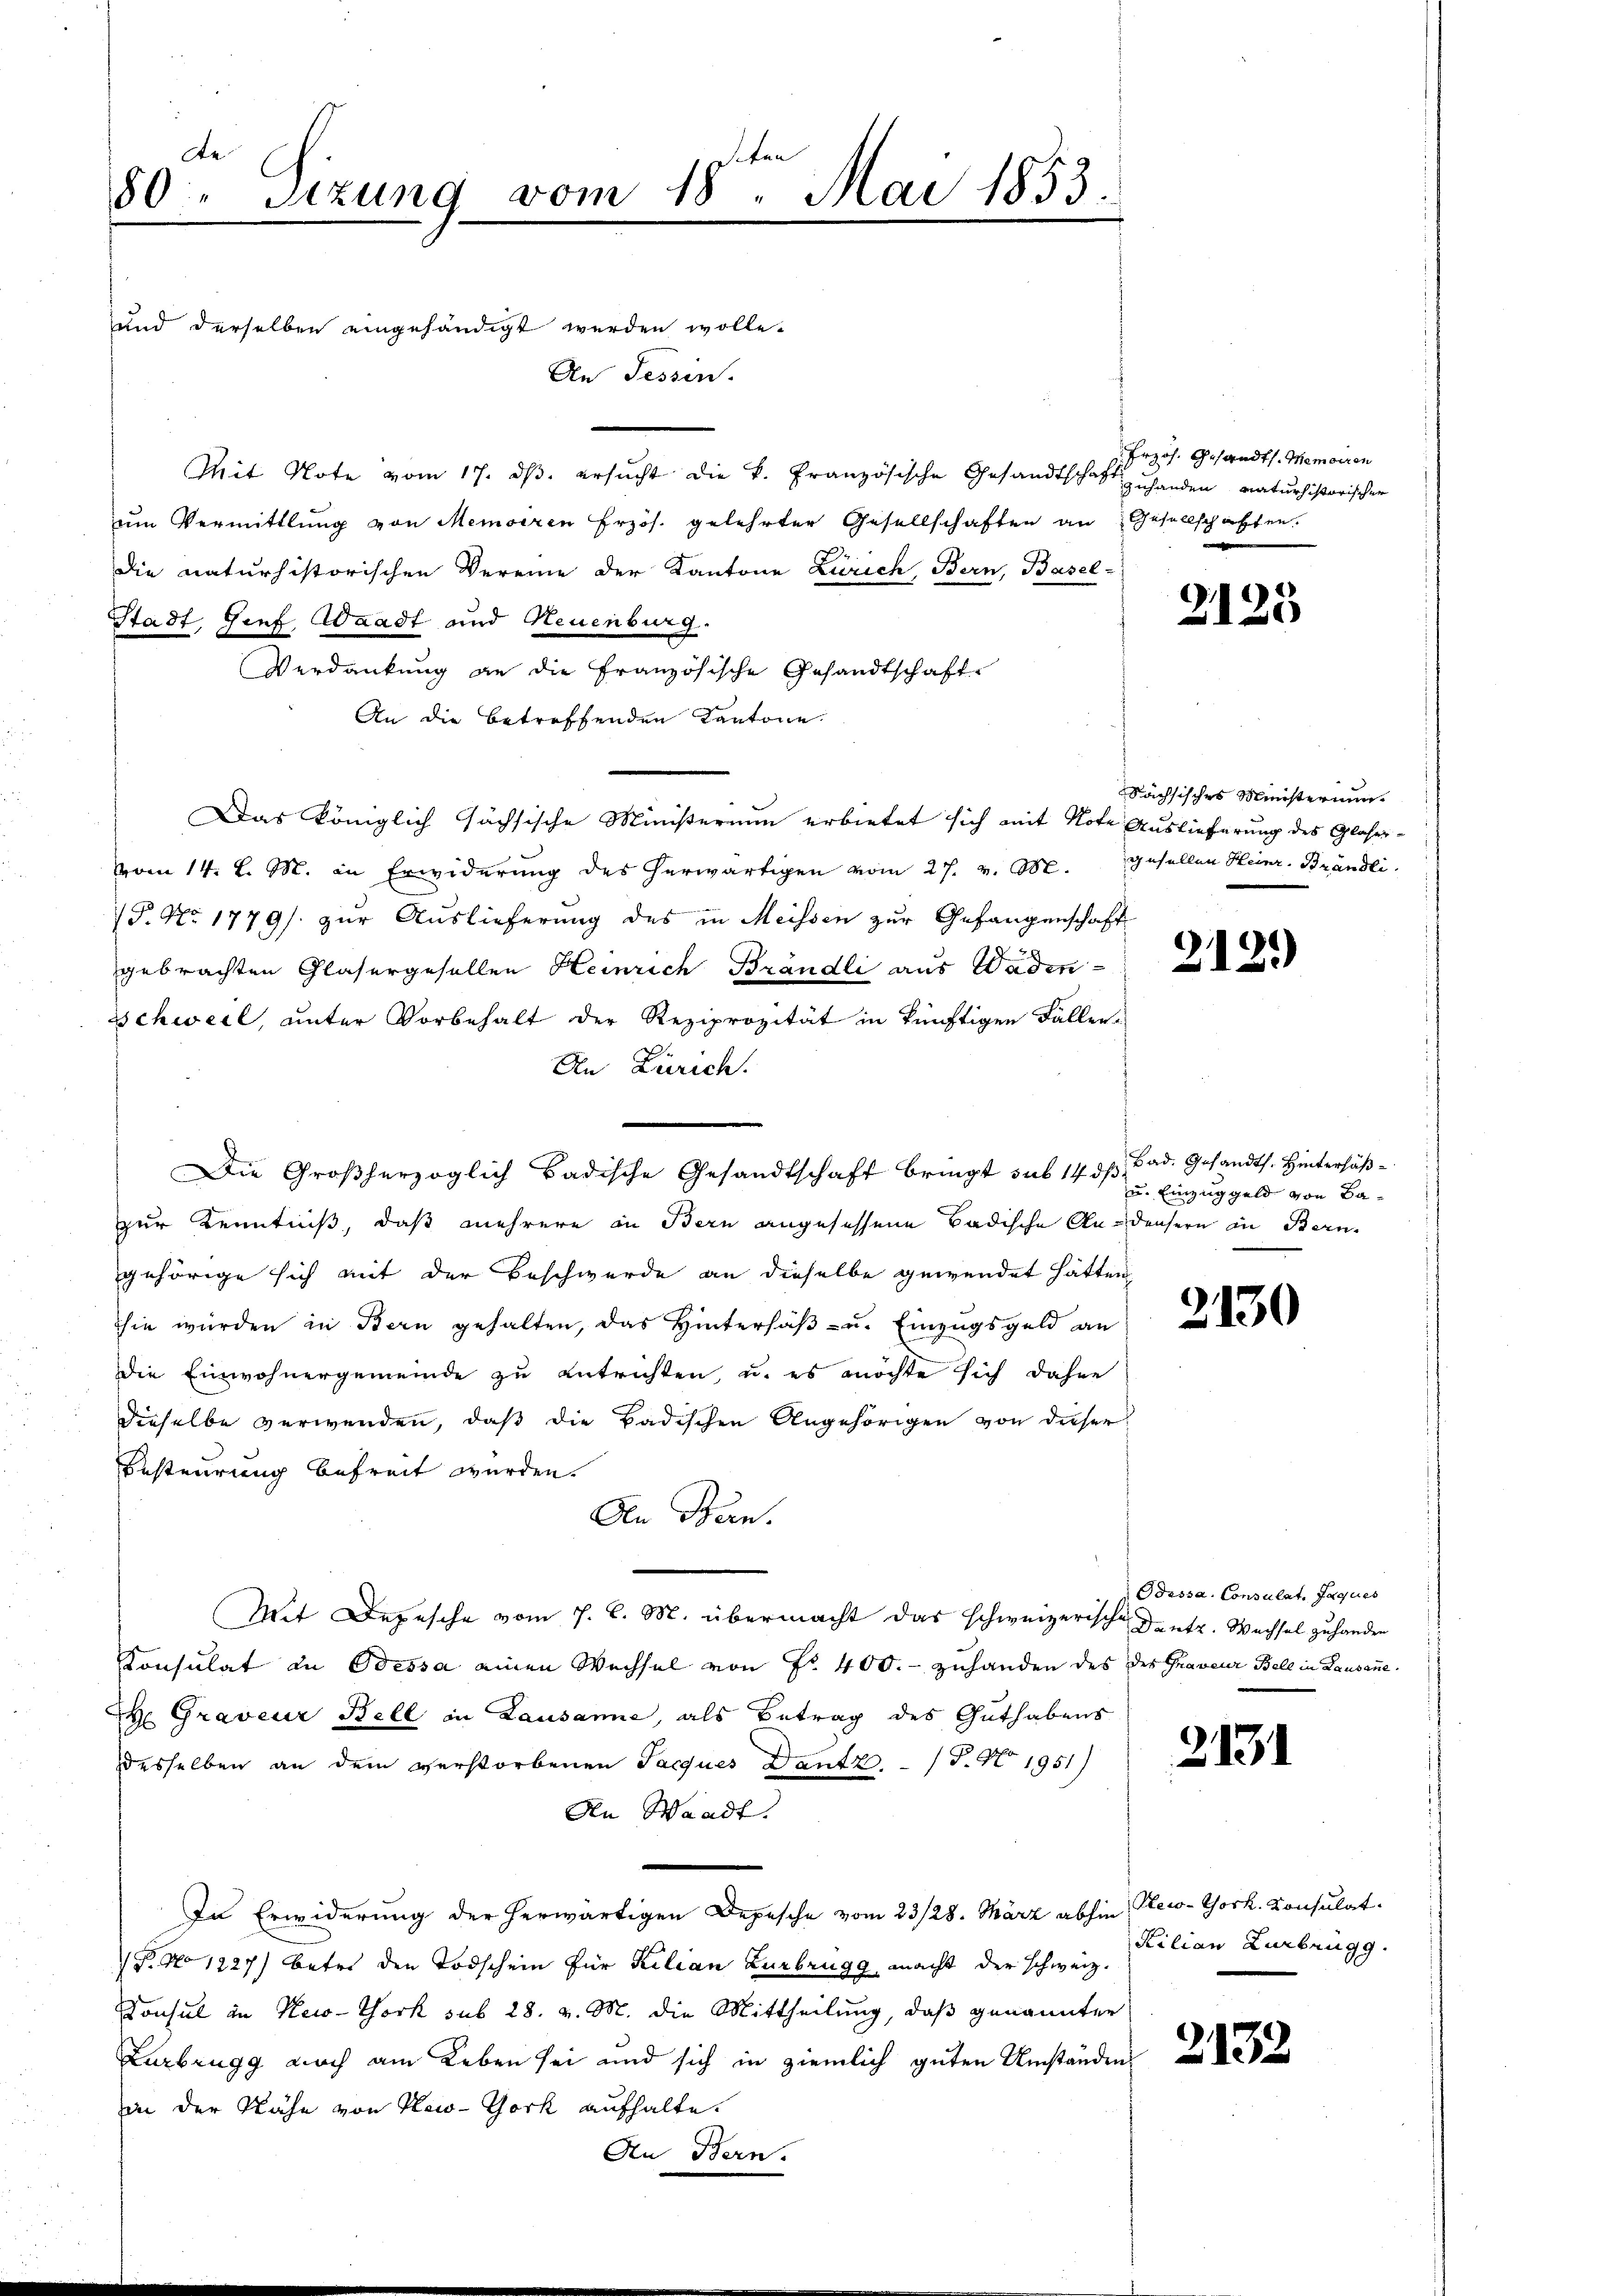
de
80 Sizung vom 18. Mai 1853.
.
und derselben eingehändigt werden wolle.
An Tessin.

Mit Note vom 17. ds. ersŭcht die k. Französische Gesandtschaft handen naturhistorischer
um Vermittlung von Meisiren Erzös. gelehrter Gesellschaften an Gesellschaffen.
die naturhistorischen Vereine der Kantone Zürich, Bern, Basel-
Stadt, Gief Waadt und Neuenburg.
Verdankung an die Französische Gesandtschafte
An die betreffenden Kantone.
Das königlich sächsische Ministerium erbietet sich mit Note Auslieferung des Glaser-
vom 14. d. M. in Erwiderung des herwärtigen vom 27. v. M.
P. No 1779/ zur Auslieferung des in Meissen zur Gefangenschaft
gebrachten Glasergesellen Heinrich Brändli aus Waden¬
Schweil, unter Vorbehalt der Reziprozität in künftigen Faller-
An Zürich.
zur Kenntniß, daß mehrere in Bern angesessene Badische Andensern in Bern,
gehörige sich mit der Beschwerde an dieselbe gewendet hätten,
hie wurden in Bern gehalten, das Hintersäß- u. Einzugsgeld an
die Einwohnergemeinde zu entrichten, u. es möchte sich daher
dieselbe verwenden, daß die Badischen Angehörigen von dieser
Besteurung befreit wurden.
Den Bern.
Mit Depesche vom 7. d. M. übermacht das schweizerische Dante. Wechsel zu handen
Konsulat zu Odessa einen Wechsel von Fr. 400.- zuhanden des der Graveur Bell in Lausanne
 Graveur Bell in Lausanne, als Betrag des Guthabens
desselben an dem verstorbenen Jacques Dantz - (T. No. 1951)
An Waadt.
In Erwiderung der herwärtigen Depesche vom 23/28. März abhin Plew-York. Konsulat
P. No 1227) betri den Todschein für Kilian Zurbrugg, macht der schweiz.
Consul in New-York sub 28. v. M. die Mittheilung, daß genannter
Zurbrugg noch am Leben sei und sich in ziemlich guten Umständen
in der Nähe von New-York aufhalte.

Die Großherzoglich badische Gesandtschaft bringt sub 14 ds Bad. Gesandts. Hintersäß¬

Erzös. Gesandts. Memoiren

2125

Sächsisches Ministerium
gesellen Heinr. Brändli

2121)

u. Einzuggeld von Ba¬

2130

Odessa. Consulat. Jaques

2131

Kilian Zurbrugg.

2132